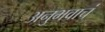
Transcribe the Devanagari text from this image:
अनुभवाचं